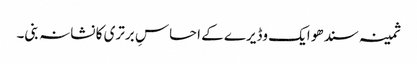
ثمینہ سندھو ایک وڈیرے کے احساسِ برتری کا نشانہ بنی۔